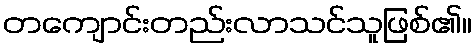
တကျောင်းတည်းလာသင်သူဖြစ်၏။